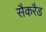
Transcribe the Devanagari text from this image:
सैकरैड